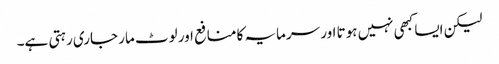
لیکن ایسا کبھی نہیں ہوتا اور سرمایہ کا منافع اور لوٹ مار جاری رہتی ہے۔